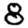
Digit: 8